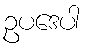
ဥပဒေပါ